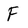
Character: F